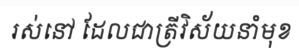
រស់នៅ ដែលជាត្រីវិស័យនាំមុខ